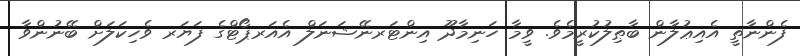
ފެންނާތީ އެއިޢުލާން ބާޠިލުކުރީމެވެ. ވީމާ ހަނިމާދޫ އިންޓަރނޭޝަނަލް އެއަރޕޯޓްގެ ފަޔަރ ވެހިކަލަށް ބޭނުންވާ